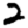
Digit: 2